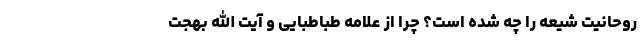
روحانیت شیعه را چه شده است؟ چرا از علامه طباطبایی و آیت الله بهجت